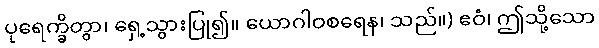
ပုရေက္ခိတွာ၊ ရှေ့သွားပြု၍။ ယောဂါဝစရေန၊ သည်။) ဧဝံ၊ ဤသို့သော